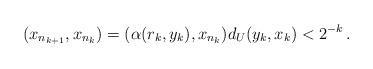
LaTeX: \begin{align*} (x_{n_{k+1}}, x_{n_k}) = (\alpha(r_k,y_k), x_{n_k}) d_U(y_k,x_k) <2^{-k} \,.\end{align*}